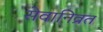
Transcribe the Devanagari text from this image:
सेवानिव्रत